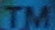
TM